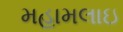
મહામલાઇ